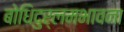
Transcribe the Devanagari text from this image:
बोधिदुर्लमभावना